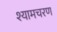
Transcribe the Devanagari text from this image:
श्यामचरण